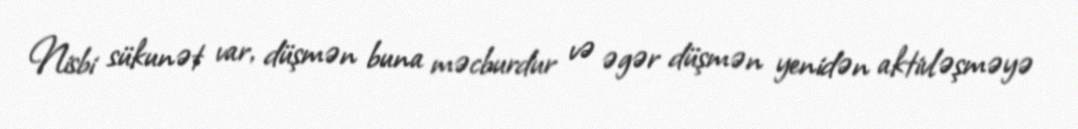
Nisbi sükunət var, düşmən buna məcburdur və əgər düşmən yenidən aktivləşməyə